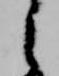
之